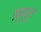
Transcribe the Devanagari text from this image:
फ़्यूट